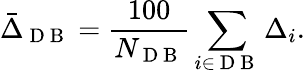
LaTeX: \bar{\Delta}_{\mathrm{~D~B~}}=\frac{100}{N_{\mathrm{~D~B~}}}\sum_{i\in\mathrm{~D~B~}}\Delta_{i}.